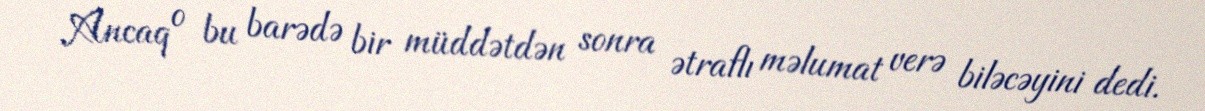
Ancaq o bu barədə bir müddətdən sonra ətraflı məlumat verə biləcəyini dedi.